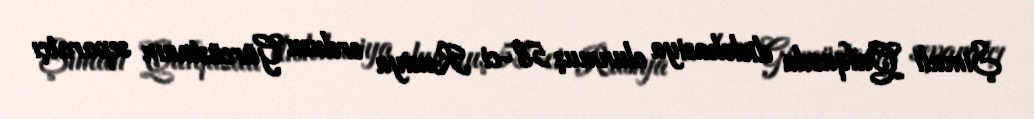
Şimali Qafqazda dislokasiya olunmuş 58-ci Rusiya ordusu Gürcüstanın separatçı